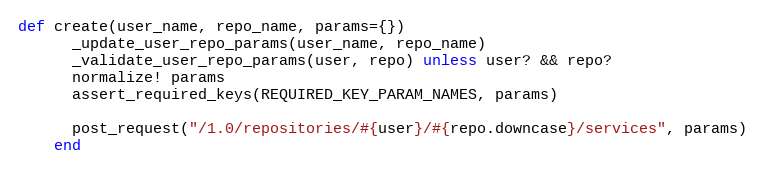
Language: Ruby
def create(user_name, repo_name, params={})
      _update_user_repo_params(user_name, repo_name)
      _validate_user_repo_params(user, repo) unless user? && repo?
      normalize! params
      assert_required_keys(REQUIRED_KEY_PARAM_NAMES, params)

      post_request("/1.0/repositories/#{user}/#{repo.downcase}/services", params)
    end